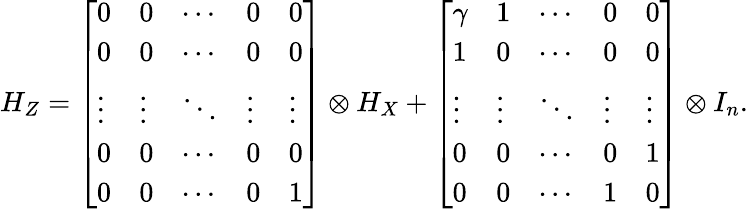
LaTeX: H_{Z}=\left[\begin{array}{lllll}{0}&{0}&{\cdots}&{0}&{0}\\ {0}&{0}&{\cdots}&{0}&{0}\\ {\vdots}&{\vdots}&{\ddots}&{\vdots}&{\vdots}\\ {0}&{0}&{\cdots}&{0}&{0}\\ {0}&{0}&{\cdots}&{0}&{1}\end{array}\right]\otimes H_{X}+\left[\begin{array}{lllll}{\gamma}&{1}&{\cdots}&{0}&{0}\\ {1}&{0}&{\cdots}&{0}&{0}\\ {\vdots}&{\vdots}&{\ddots}&{\vdots}&{\vdots}\\ {0}&{0}&{\cdots}&{0}&{1}\\ {0}&{0}&{\cdots}&{1}&{0}\end{array}\right]\otimes I_{n}.